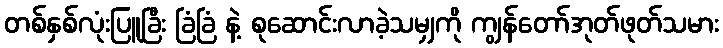
တစ်နှစ်လုံးပြူခြီး ခြံခြံ နဲ့ စုဆောင်းလာခဲ့သမျှကို ကျွန်တော်အုတ်ဖုတ်သမား